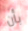
بأن